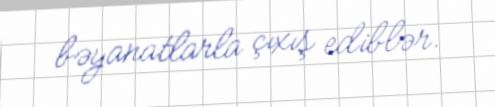
bəyanatlarla çıxış ediblər.